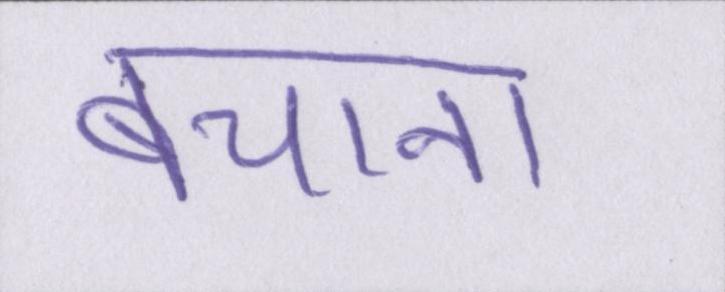
बचाना